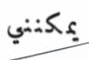
يمكنني